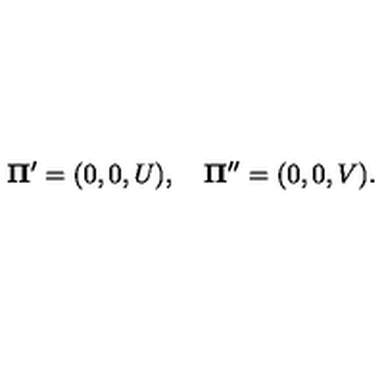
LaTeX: { \bf \Pi ^ { \prime } } = ( 0 , 0 , U ) , \quad { \bf \Pi } ^ { \prime \prime } = ( 0 , 0 , V ) { . }